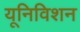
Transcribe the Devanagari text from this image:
यूनिविशन